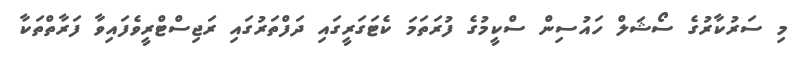
މި ސަރުކާރުގެ ސޯޝަލް ހައުސިން ސްކީމުގެ ފުރަތަމަ ކެޓަގަރީގައި ދަފްތަރުގައި ރަޖިސްޓްރީވެފައިވާ ފަރާތްތަކާ